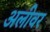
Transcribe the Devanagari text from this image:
अलीवर